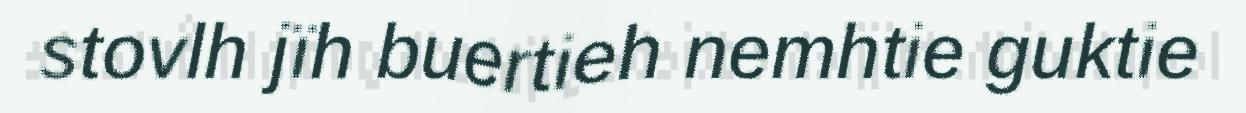
stovlh jïh buertieh nemhtie guktie